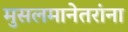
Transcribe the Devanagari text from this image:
मुसलमानेतरांना